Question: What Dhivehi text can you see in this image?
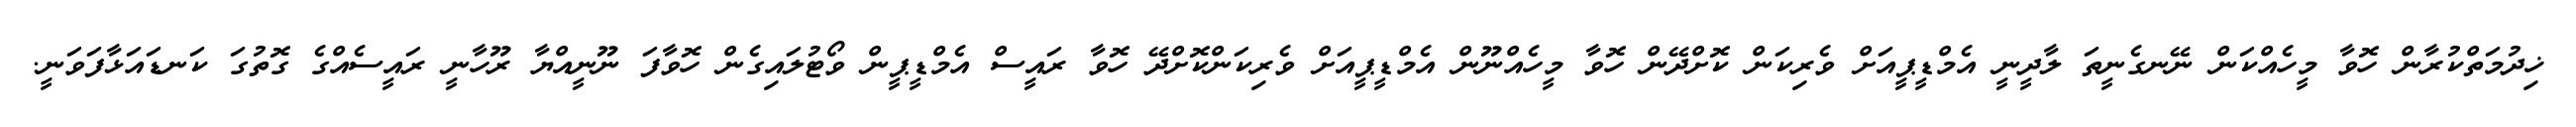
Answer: ޚިދުމަތްކުރާން ހޮވާ މީހެއްކަން ނޭނގެނީތަ ލާދީނީ އެމްޑީޕީއަށް ވެރިކަން ކޮށްދޭން ހޮވާ މީހެއްނޫން އެމްޑީޕީއަށް ވެރިކަންކޮށްދޭ ހޮވާ ރައީސް އެމްޑީޕީން ވޯޓުލައިގެން ހޮވާފަ ނޫނީއްޔާ ރޫހާނީ ރައީސެއްގެ ގޮތުގަ ކަނޑައަޅާފަވަނީ.